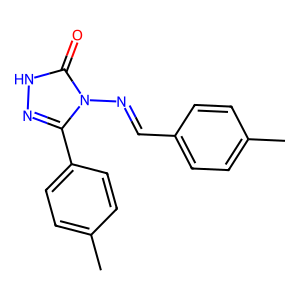
SMILES: Cc1ccc(C=Nn2c(-c3ccc(C)cc3)n[nH]c2=O)cc1
Inhibits HIV replication: No